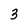
Character: 3